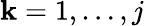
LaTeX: \mathbf{k}=1,\dotsc,j